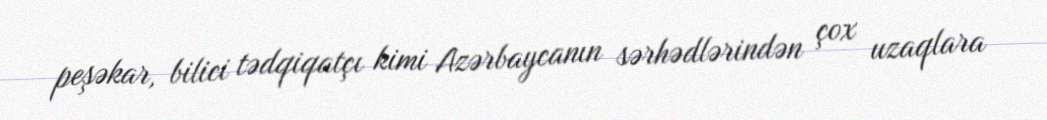
peşəkar, bilici tədqiqatçı kimi Azərbaycanın sərhədlərindən çox uzaqlara